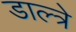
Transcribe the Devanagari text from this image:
डाल्त्रे